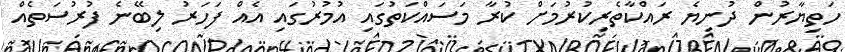
ހަތިޔާރުން ދުނިޔެ ރައްކާތެރިކުރުމަށް ކުރާ މަސައްކަތުގައި އުމުރުގައި އެއް ފަހަރު ލިބޭނެ ފުރުސަތެއް